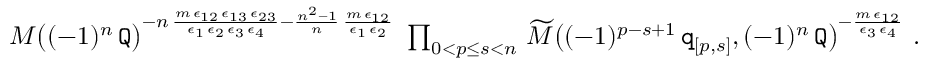
\begin{array} { r } { M \big ( ( - 1 ) ^ { n } \, \mathtt { Q } \big ) ^ { - n \, \frac { m \, \epsilon _ { 1 2 } \, \epsilon _ { 1 3 } \, \epsilon _ { 2 3 } } { \epsilon _ { 1 } \, \epsilon _ { 2 } \, \epsilon _ { 3 } \, \epsilon _ { 4 } } - \frac { n ^ { 2 } - 1 } { n } \, \frac { m \, \epsilon _ { 1 2 } } { \epsilon _ { 1 } \, \epsilon _ { 2 } } } \ \prod _ { 0 < p \leq s < n } \, \widetilde { M } \big ( ( - 1 ) ^ { p - s + 1 } \, \mathtt { q } _ { [ p , s ] } , ( - 1 ) ^ { n } \, \mathtt { Q } \big ) ^ { - \frac { m \, \epsilon _ { 1 2 } } { \epsilon _ { 3 } \, \epsilon _ { 4 } } } \ . } \end{array}